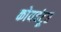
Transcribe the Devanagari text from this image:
कोयबंटूर